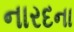
નારદના